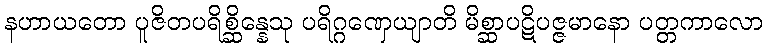
နဟာယတော ပူဇိတပရိစ္ဆိန္နေသု ပရိဂ္ဂဏှေယျာတိ မိစ္ဆာပဋိပဇ္ဇမာနော ပတ္တကာလော